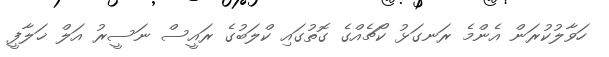
ހަވާލުކުރަން އެންމެ ރަނގަޅު ކޯޗެއްގެ ގޮތުގައި ކްލަބުގެ ރައީސް ނަސީރު އަލް ޚަލާފީ